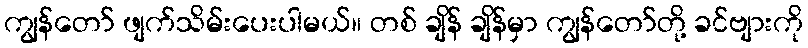
ကျွန်တော် ဖျက်သိမ်းပေးပါမယ်။ တစ် ချိန် ချိန်မှာ ကျွန်တော်တို့ ခင်ဗျားကို